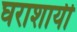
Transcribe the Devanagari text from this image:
घराशायी